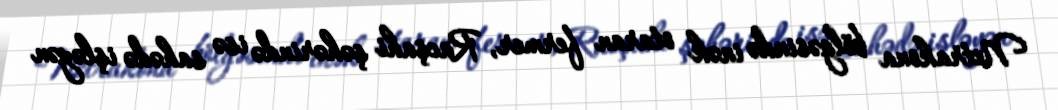
Netrakona bölgəsində inək otaran fermer, Racşahi şəhərində isə sahədə işləyən